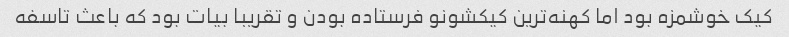
کیک خوشمزه بود اما کهنه‌ترین کیکشونو فرستاده بودن و تقریبا بیات بود که باعث تاسفه